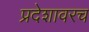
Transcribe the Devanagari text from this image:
प्रदेशावरच